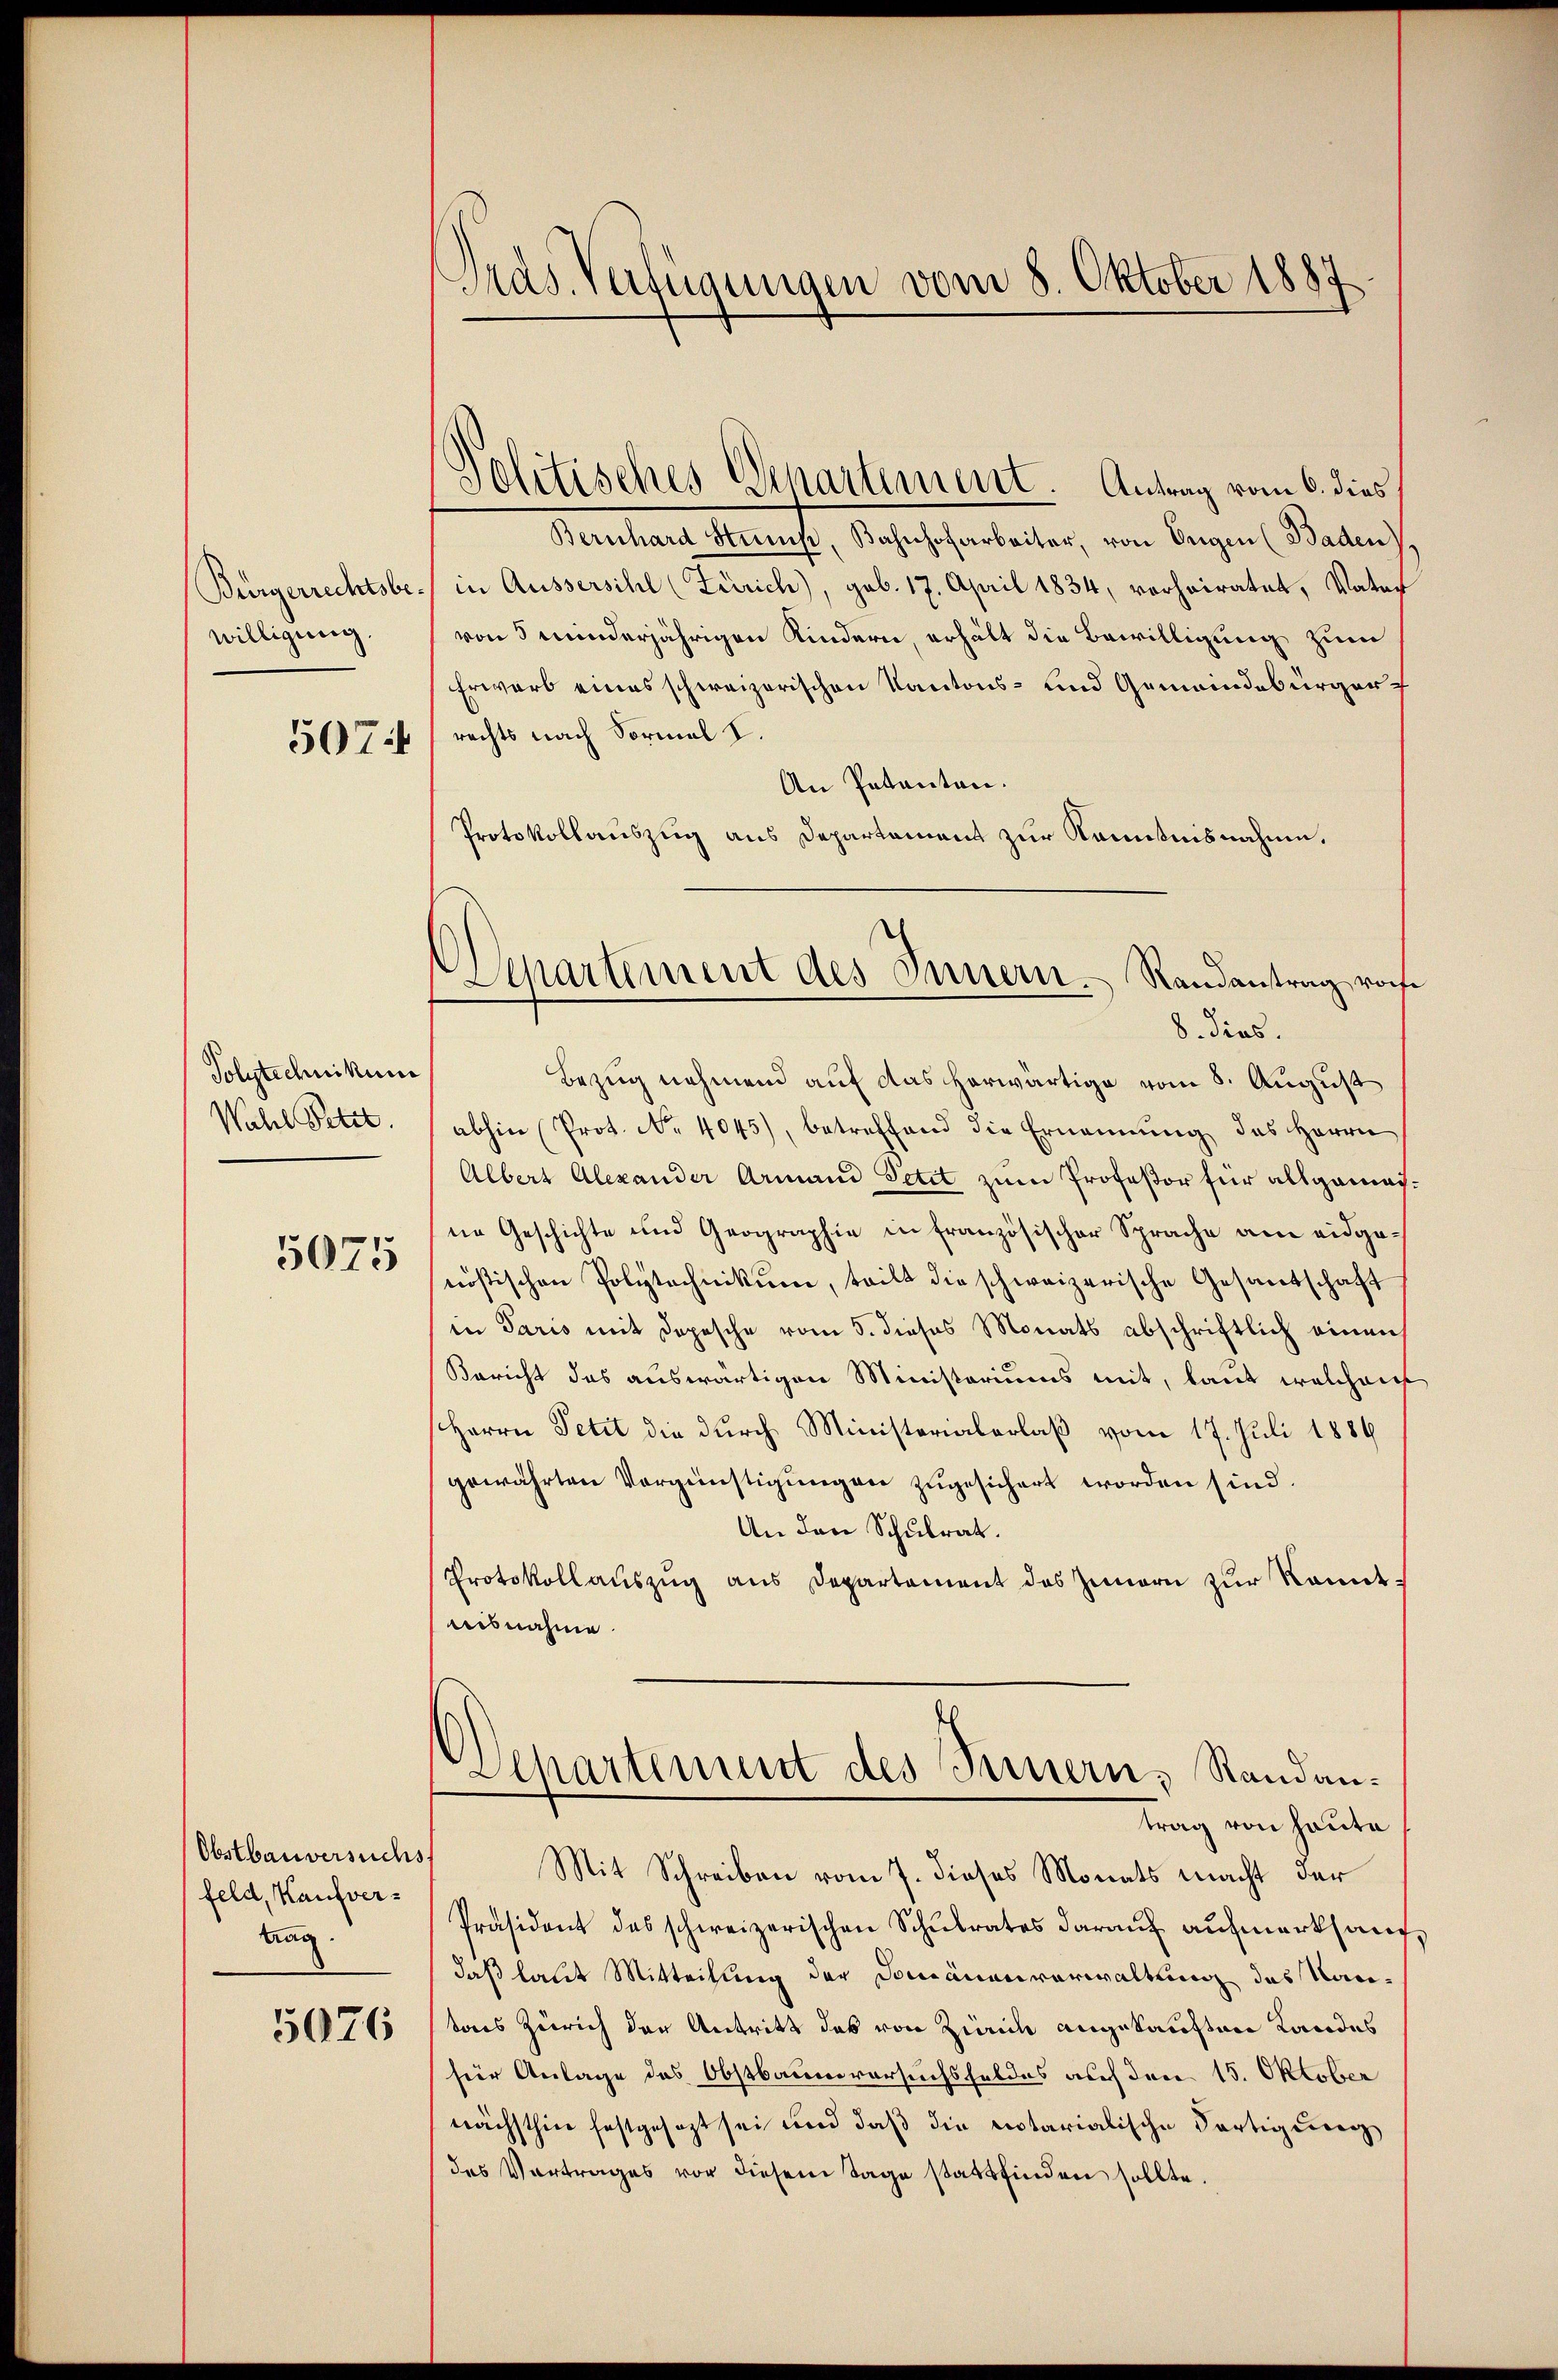
Bürgerrechtsbe
willigung.
5074

Polytechnikum
Wahl Petit.

5075

Obstbauversuchs.
feld, Kaufvertrag.
5076

Pras. Verfügungen vom 8. Oktober 1887
d

Bernhard Stump, Bahnhofarbeiter, von Engen (Baden).
in Aussersihl (Zürich), geb. 17. April 1834, verheiratet, Vater
von 5 minderjährigen Kindern, erhält die Bewilligung zum
Erwarb eines schweizerischen Kantons- und Gemeindebürgerrechts nach Formal I.
An Petenten.
Protokollauszug aus Departement zur Kenntnisnahme.
8. dies.
Bezug nehmend auf das herwärtige vom 8. August
abhin (Prot. No. 4045), betreffend die Ernennung des Herrn
Albert Alexander Armand Petit zum Profeßor für allgemeine Geschichte und Geographie in französischer Sprache am eidgenösischen Polytechnikum, teilt die schweizerische Gesandtschaft
in Paris mit Depesche vom 5. dieses Monats abschriftlich einen
Bericht das auswärtigen Ministeriums mit, laut welchem
Herrn Petit die durch Ministerialerlaß vom 17. Juli 1886
gewährten Vergünstigungen zugesichert worden sind.
An den Schulrat.
Protokollaŭszŭg ans Departement des Zimern zur konntaisnahme.
Departement des Innern, Randantrag von heute
Mit Schreiben vom 7. dieses Monats macht der
Präsident des schweizerischen Schulrates darauf aufmerkhauf,
daß laut Mitteilung der Domänenverwaltung des Kantons Zürich der Antritt des von Zürich angekauften Landes
für Anlage des Obstbauenversuchsfeldes auf den 15. Oktober
nächsthie festgesezt sei und daß die notarialische Fortigung
des Vortrages vor diesem Tage stattfinden sollte.

Politisches Departement. Antrag vom 6. dies

Departement des Innern. Randantrag vor